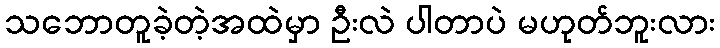
သဘောတူခဲ့တဲ့အထဲမှာ ဦးလဲ ပါတာပဲ မဟုတ်ဘူးလား